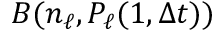
B ( n _ { \ell } , P _ { \ell } ( 1 , \Delta t ) )